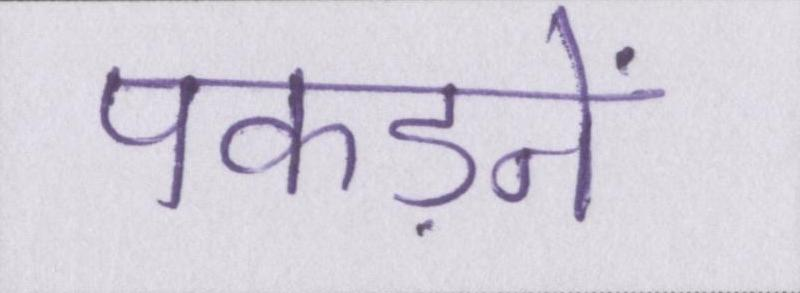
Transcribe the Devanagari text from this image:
पकड़ने